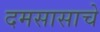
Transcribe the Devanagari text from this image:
दमसासाचे